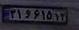
۲۱و۶۱۵۱۳